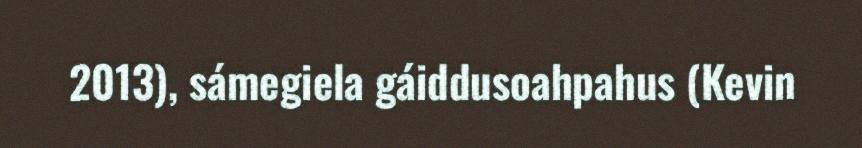
2013), sámegiela gáiddusoahpahus (Kevin